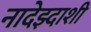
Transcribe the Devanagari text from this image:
नादेझ्दाशी